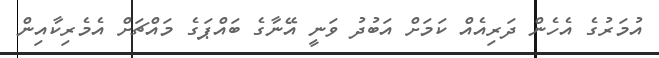
އުމަރުގެ އެހެން ދަރިއެއް ކަމަށް އަބުދު ވަނީ އޭނާގެ ބައްޕަގެ މައްޗަށް އެމެރިކާއިން